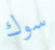
سوك